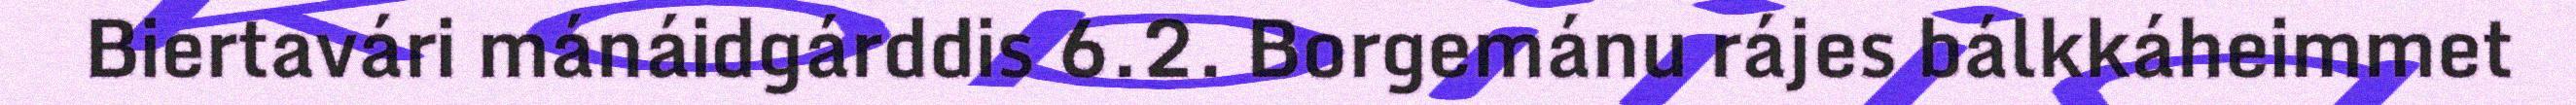
Biertavári mánáidgárddis 6.2. Borgemánu rájes bálkkáheimmet